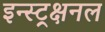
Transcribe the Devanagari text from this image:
इन्स्ट्रक्षनल